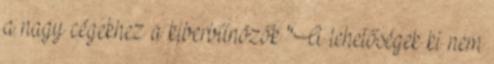
a nagy cégekhez a kiberbűnözők "A lehetőségek ki nem